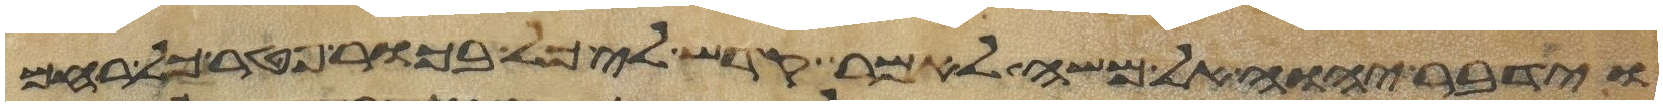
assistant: וידבר יהוה אל משה לאמר קדש לי כל בכור פטר כל רחם